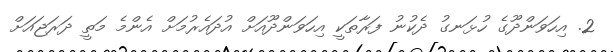
2. އިހަވަންދޫގެ ހުޅަނގު ދެކުނު ފަރާތަކީ އިހަވަންދޫއަށް އުދައެރުމަށް އެންމެ މަތީ ދަރަޖައަށް